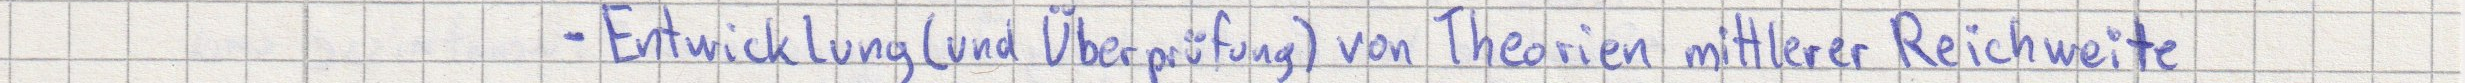
- Entwicklung (und Überprüfung) von Theorien mittlerer Reichweite